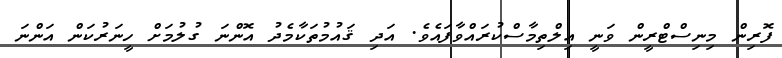
ފޮރިން މިނިސްޓްރީން ވަނީ އިލްތިމާސްކުރައްވާފައެވެ. އަދި ޤައުމުތަކާމެދު އޮންނަ ގުލުމަށް ހީނަރުކަން އަންނަ